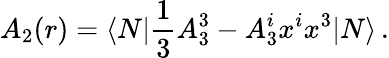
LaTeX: A_{2}(r)=\langle N|{\frac{1}{3}}A_{3}^{3}-A_{3}^{i}x^{i}x^{3}|N\rangle\, .